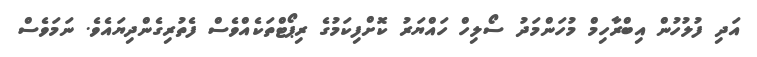
އަދި ފުލުހުން އިބްރާހިމް މުހަންމަދު ސޯލިހް ހައްޔަރު ކޮށްފިކަމުގެ ރިޕޯޓްތަކެއްވެސް ފެތުރިގެންދިޔައެވެ. ނަމަވެސް